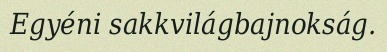
Egyéni sakkvilágbajnokság.